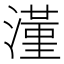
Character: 𣾑